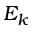
E _ { k }